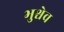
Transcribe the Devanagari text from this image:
भुश्चेव